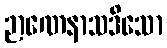
ဉာဏေနာသဒိသော